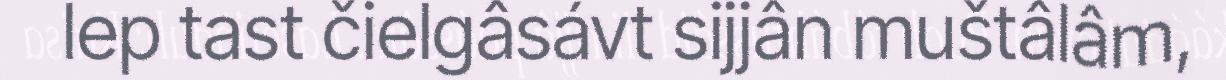
lep tast čielgâsávt sijjân muštâlâm,